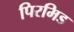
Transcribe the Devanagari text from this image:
पिरमिड